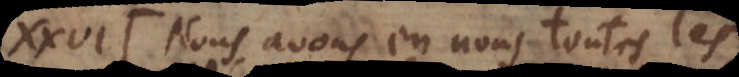
XXVI. Nous avons en nous toutes les